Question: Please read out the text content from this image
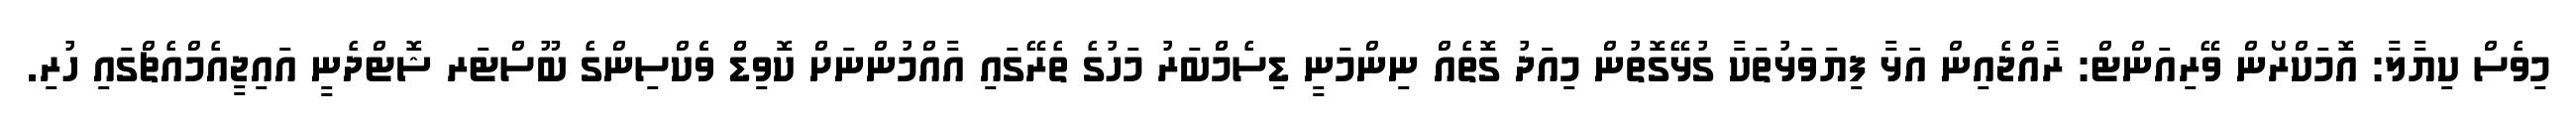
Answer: މިވެސް ކިޔާލާ: އޮމަކްރޯން ވޭރިއަންޓް: ރާއްޖެއިން އަޅާ ފިޔަވަޅުތަކާ ގުޅޭގޮތުން މިއަދު ގޮތެއް ނިންމަނީ ޑިސެމްްބަރު މަހުގެ ތެރޭގައި އާއްމުންނަށް ކޮވިޑްް ވެެކްސިންގެ ބޫސްޓަރ ޝޮޓްދެނީ އައިޖީއެމްއެޗްގައި ހުރި.